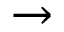
\rightarrow